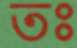
তঃ